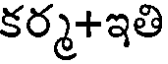
కర్మ+ఇతి